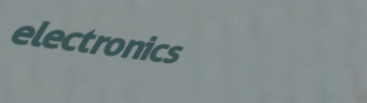
electronics